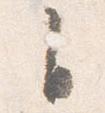
自